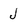
Character: J